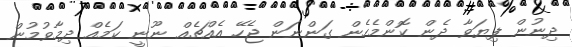
ދިނުން ފިޔަވާ ދެން ކޮންމެހެން ގަންނަން ޖެހޭ އެއްޗެއް ނޫނީ ކަމެއް ދިމާވުމުން